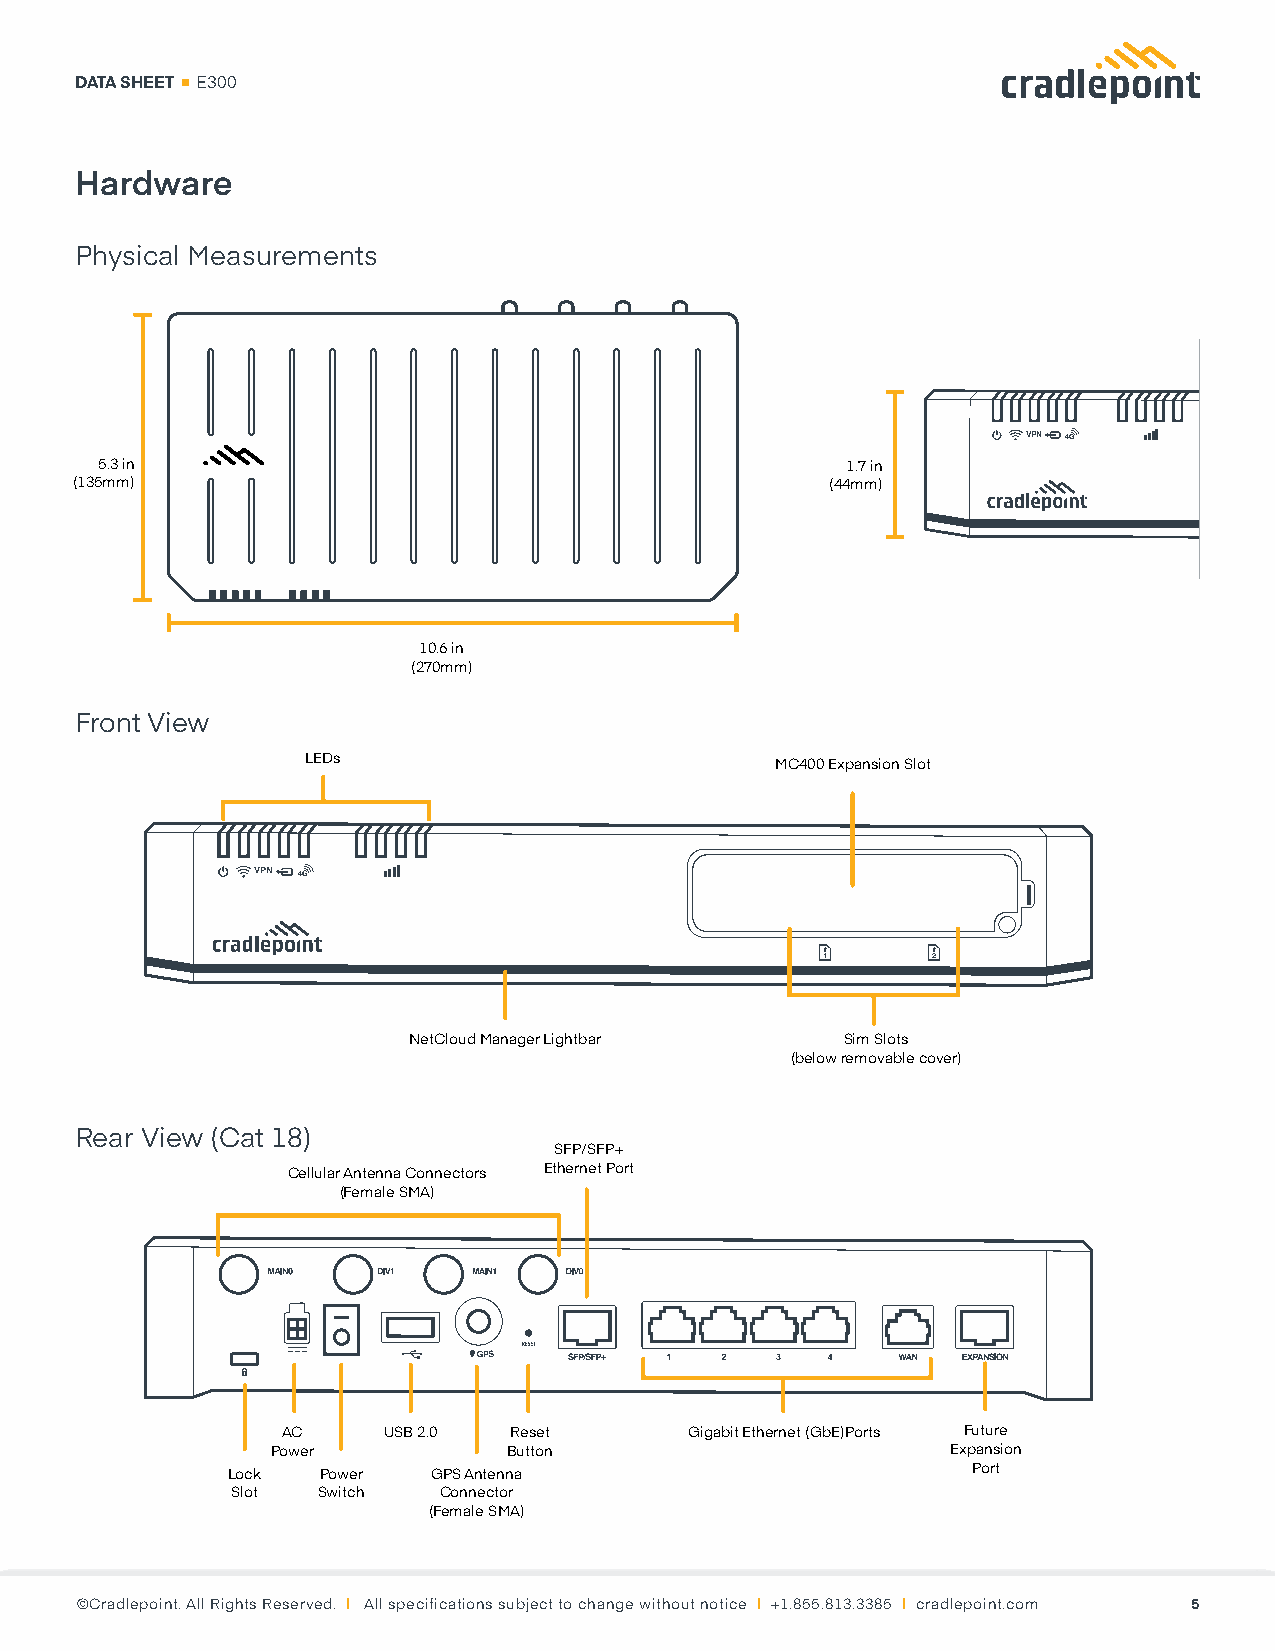
DATA SHEET E300
 Hardware
 Physical Measurements
 VPN 4G
 5.3 in                                           1.7 in
 (135mm)                                           (44mm)
 10.6 in
 (270mm)
 Front View
 LEDs                           MC400 Expansion Slot
 VPN 4G
 1       2
 NetCloud Manager Lightbar    Sim Slots
 (below removable cover)
 Rear View (Cat 18)
 SFP/SFP+
 Cellular Antenna Connectors Ethernet Port
 (Female SMA)
 AC    USB 2.0  Reset       Gigabit Ethernet (GbE)Ports Future
 Power           Button                       Expansion
 Lock  Power   GPS Antenna                        Port
 Slot  Switch  Connector
 (Female SMA)
 ©Cradlepoint. All Rights Reserved. | All specifications subject to change without notice | +1.855.813.3385 | cradlepoint.com 5